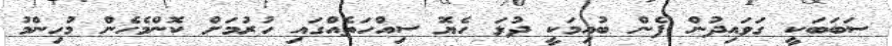
ސަބަބަކީ ގަވައިދުން ފެން ބުއިމަކީ ދުޅަ ހެޔޮ ސިއްހަތެއްގައި ހުރުމަށް ކޮންމެހެން މުހިންމު